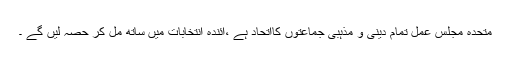
متحدہ مجلس عمل تمام دینی و مذہبی جماعتوں کااتحاد ہے ،آئندہ انتخابات میں ساتھ مل کر حصہ لیں گے ۔